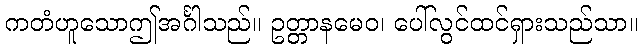
ကတံဟူသောဤအင်္ဂါသည်။ ဥတ္တာနမေဝ၊ ပေါ်လွင်ထင်ရှားသည်သာ။